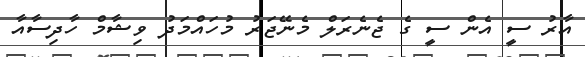
އާރު ސީ އެން ސީ ގެ ޖެނެރަލް މެނޭޖަރު މުހައްމަދު ވިޝާމް ހާދިސާއާ